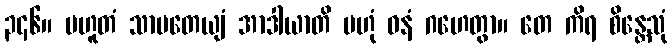
၃၄၆။ ပဟူတံ သာပတေယျံ အာဒါယာတိ ဗဟုံ ဓနံ ဂဟေတွာ။ တေ ကိရ စိန္တေသုံ